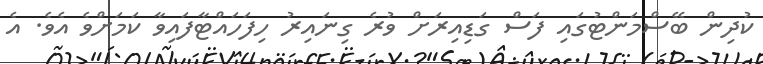
ކުދިން ބޭސްމަންޓުގައި ފަސް ގަޑިއިރަށް ވުރެ ގިނައިރު ހިފަހައްޓާފައިވާ ކަމަށްވެ އެވެ. އެ